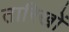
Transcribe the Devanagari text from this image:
तारिखों